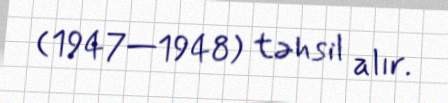
(1947—1948) təhsil alır.